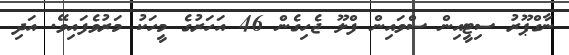
ނާގްޕޫރު ސިޓީއިން ސްވައިން ފްލޫ ޖެހިގެން 46 އަހަރުގެ މީހަކު މަރުވެފައިވޭ. އަދި